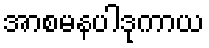
အာစမနပါဒုကာယ